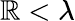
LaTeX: \mathbb{R}<\lambda